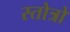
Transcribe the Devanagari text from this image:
स्तोत्रो